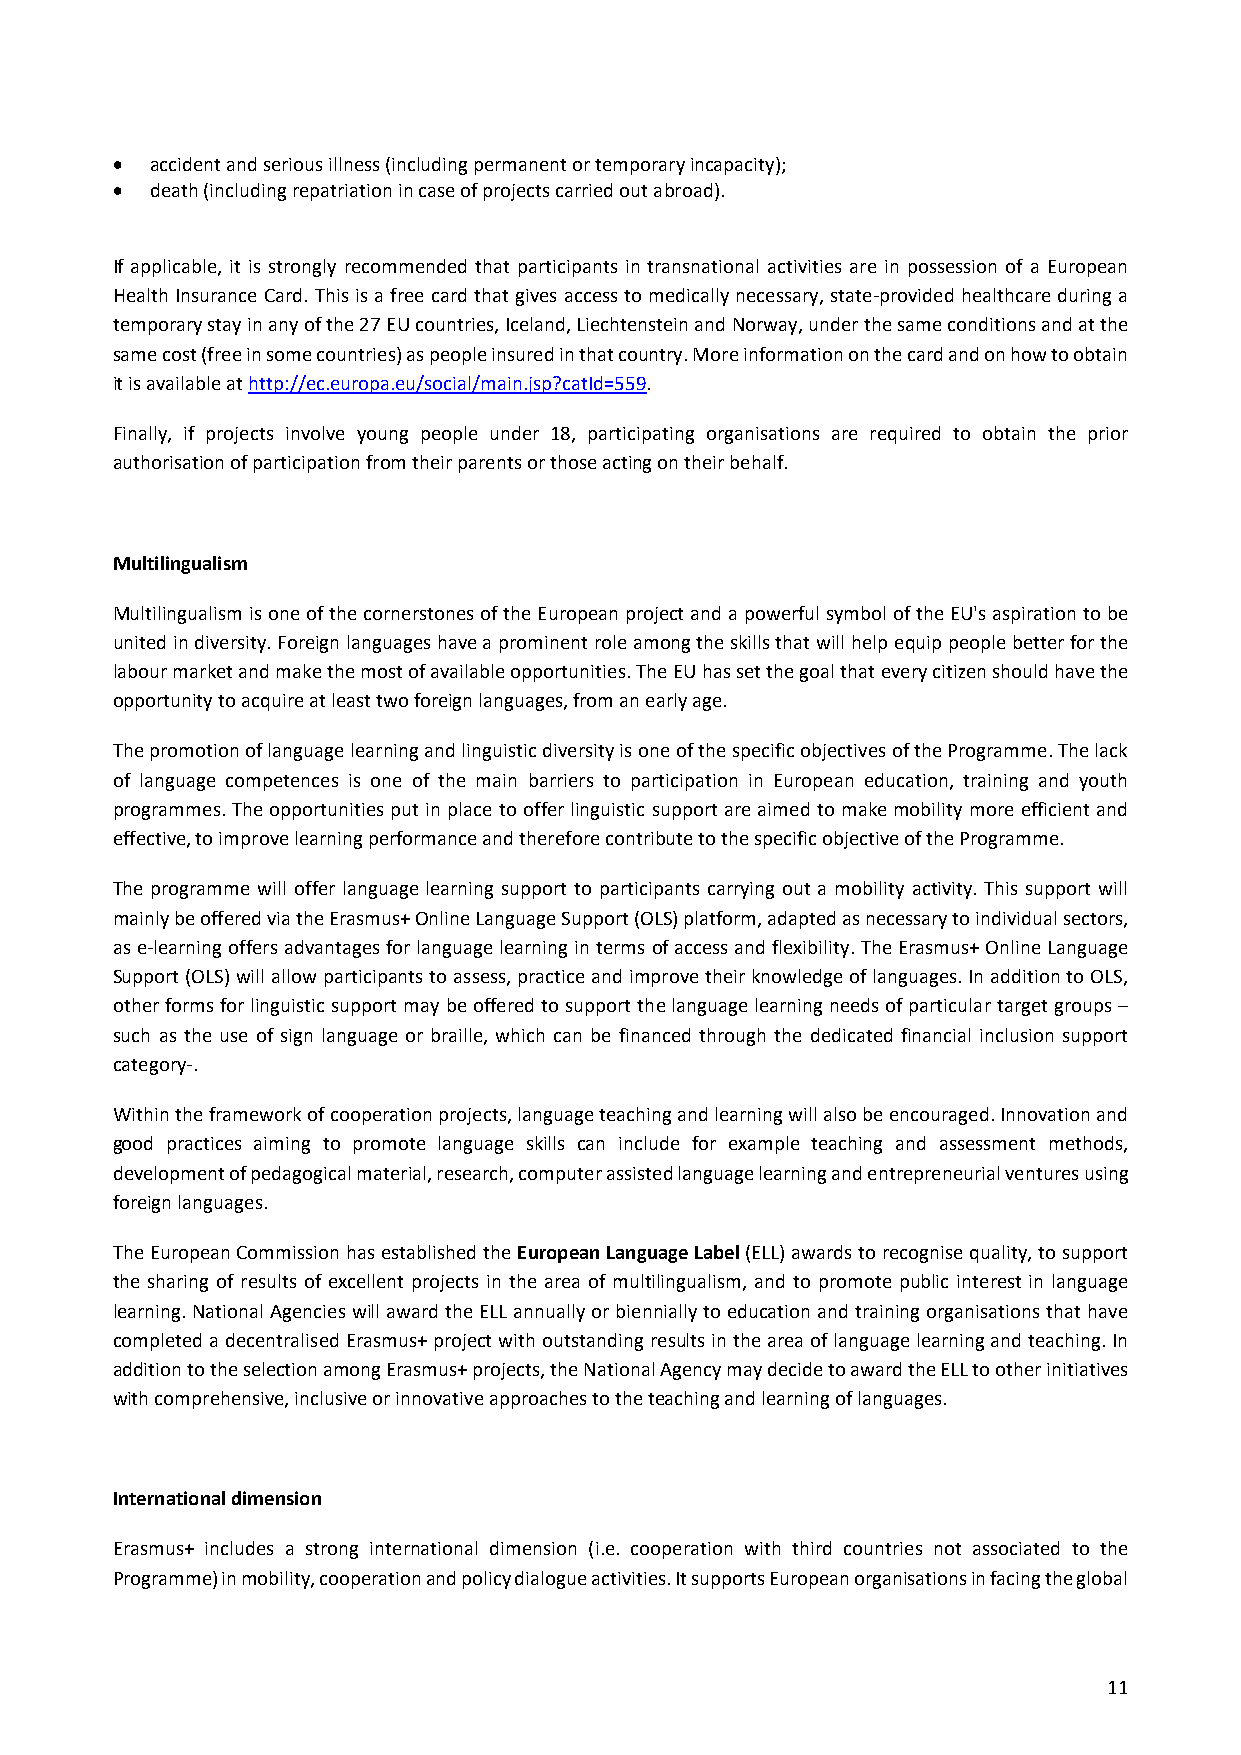
  accident and serious illness (including permanent or temporary incapacity);
   death (including repatriation in case of projects carried out abroad).
 If applicable, it is strongly recommended that participants in transnational activities are in possession of a European
 Health Insurance Card. This is a free card that gives access to medically necessary, state‐provided healthcare during a
 temporary stay in any of the 27 EU countries, Iceland, Liechtenstein and Norway, under the same conditions and at the
 same cost (free in some countries) as people insured in that country. More information on the card and on how to obtain
 it is available at http://ec.europa.eu/social/main.jsp?catId=559.
 Finally, if projects involve young people under 18, participating organisations are required to obtain the prior
 authorisation of participation from their parents or those acting on their behalf.
 Multilingualism
 Multilingualism is one of the cornerstones of the European project and a powerful symbol of the EU's aspiration to be
 united in diversity. Foreign languages have a prominent role among the skills that will help equip people better for the
 labour market and make the most of available opportunities. The EU has set the goal that every citizen should have the
 opportunity to acquire at least two foreign languages, from an early age.
 The promotion of language learning and linguistic diversity is one of the specific objectives of the Programme. The lack
 of language competences is one of the main barriers to participation in European education, training and youth
 programmes. The opportunities put in place to offer linguistic support are aimed to make mobility more efficient and
 effective, to improve learning performance and therefore contribute to the specific objective of the Programme.
 The programme will offer language learning support to participants carrying out a mobility activity. This support will
 mainly be offered via the Erasmus+ Online Language Support (OLS) platform, adapted as necessary to individual sectors,
 as e‐learning offers advantages for language learning in terms of access and flexibility. The Erasmus+ Online Language
 Support (OLS) will allow participants to assess, practice and improve their knowledge of languages. In addition to OLS,
 other forms for linguistic support may be offered to support the language learning needs of particular target groups –
 such as the use of sign language or braille, which can be financed through the dedicated financial inclusion support
 category‐.
 Within the framework of cooperation projects, language teaching and learning will also be encouraged. Innovation and
 good practices aiming to promote language skills can include for example teaching and assessment methods,
 development of pedagogical material, research, computer assisted language learning and entrepreneurial ventures using
 foreign languages.
 The European Commission has established the European Language Label (ELL) awards to recognise quality, to support
 the sharing of results of excellent projects in the area of multilingualism, and to promote public interest in language
 learning. National Agencies will award the ELL annually or biennially to education and training organisations that have
 completed a decentralised Erasmus+ project with outstanding results in the area of language learning and teaching. In
 addition to the selection among Erasmus+ projects, the National Agency may decide to award the ELL to other initiatives
 with comprehensive, inclusive or innovative approaches to the teaching and learning of languages.
 International dimension
 Erasmus+ includes a strong international dimension (i.e. cooperation with third countries not associated to the
 Programme) in mobility, cooperation and policy dialogue activities. It supports European organisations in facing the global
 11